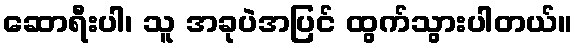
ဆောရီးပါ၊ သူ အခုပဲအပြင် ထွက်သွားပါတယ်။